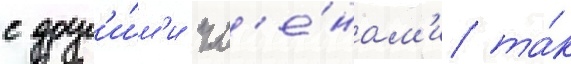
с друг'и́м'и чл'е́нам'и та́к